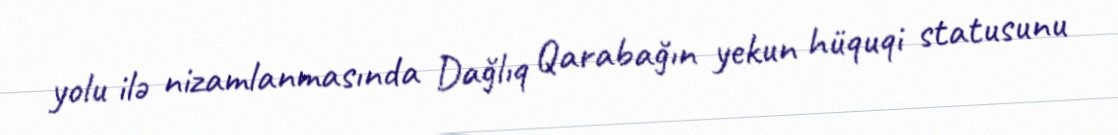
yolu ilə nizamlanmasında Dağlıq Qarabağın yekun hüquqi statusunu